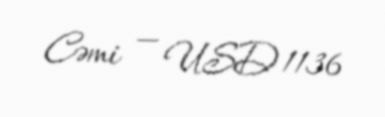
Cəmi — USD 1136